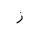
Letter: _zay